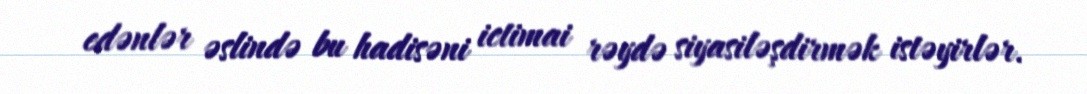
edənlər əslində bu hadisəni ictimai rəydə siyasiləşdirmək istəyirlər.